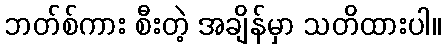
ဘတ်စ်ကား စီးတဲ့ အချိန်မှာ သတိထားပါ။